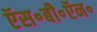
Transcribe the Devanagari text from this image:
ऍस॰बी॰ऍन॰